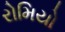
રોમિયો